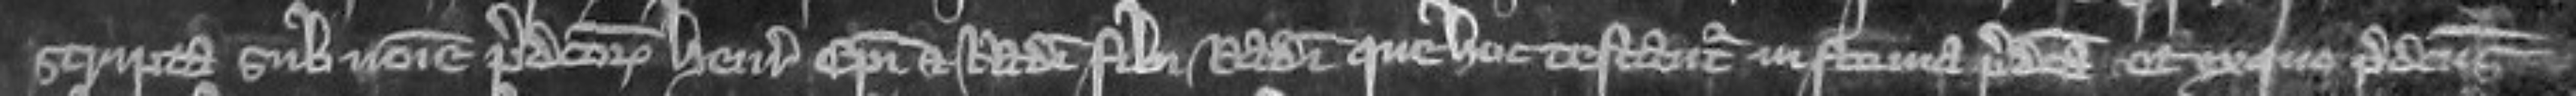
scripta sub nomine predictorum Henrici episcopi et Radulphi filii Radulphi que hoc testantur in forma predicta et ex quo predictus